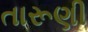
તારૂણી